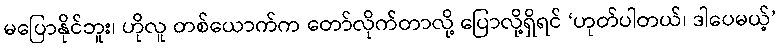
မပြောနိုင်ဘူး၊ ဟိုလူ တစ်ယောက်က တော်လိုက်တာလို့ ပြောလို့ရှိရင် ‘ဟုတ်ပါတယ်၊ ဒါပေမယ့်’